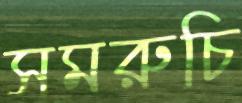
সমরুচি